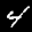
Label: 4